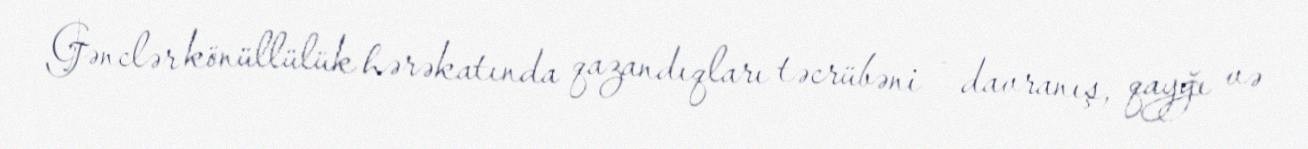
Gənclər könüllülük hərəkatında qazandıqları təcrübəni – davranış, qayğı və